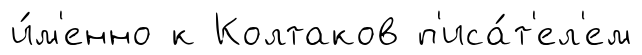
и́м'енно к Колтаков п'иса́т'ел'ем